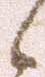
候